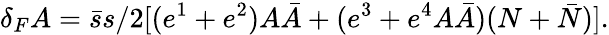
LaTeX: \delta_{F}A=\bar{s}s/2[(e^{1}+e^{2})A\bar{A}+(e^{3}+e^{4}A\bar{A})(N+\bar{N})].